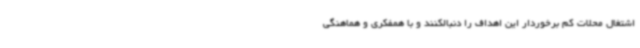
اشتغال محلات کم برخوردار این اهداف را دنبالکنند و با همفکری و هماهنگی